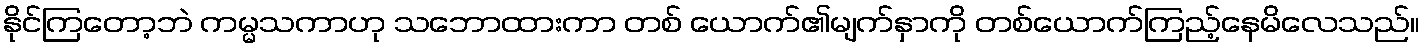
နိုင်ကြတော့ဘဲ ကမ္မသကာဟု သဘောထားကာ တစ် ယောက်၏မျက်နှာကို တစ်ယောက်ကြည့်နေမိလေသည်။